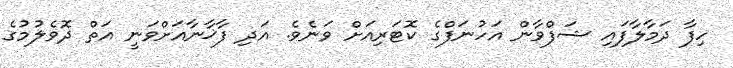
ހިފާ ދަމާލާފައި ޝަފްވާން އަހުނަފްގެ ކޮޓަރިއަށް ވަނެވެ. އަދި ފާޚާނާއަށްވަނީ އަތް ދޮވެލުމުގެ